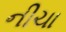
નીચા